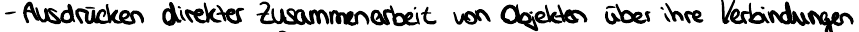
- Ausdrücken direkter Zusammenarbeit von Objekten über ihre Verbindungen